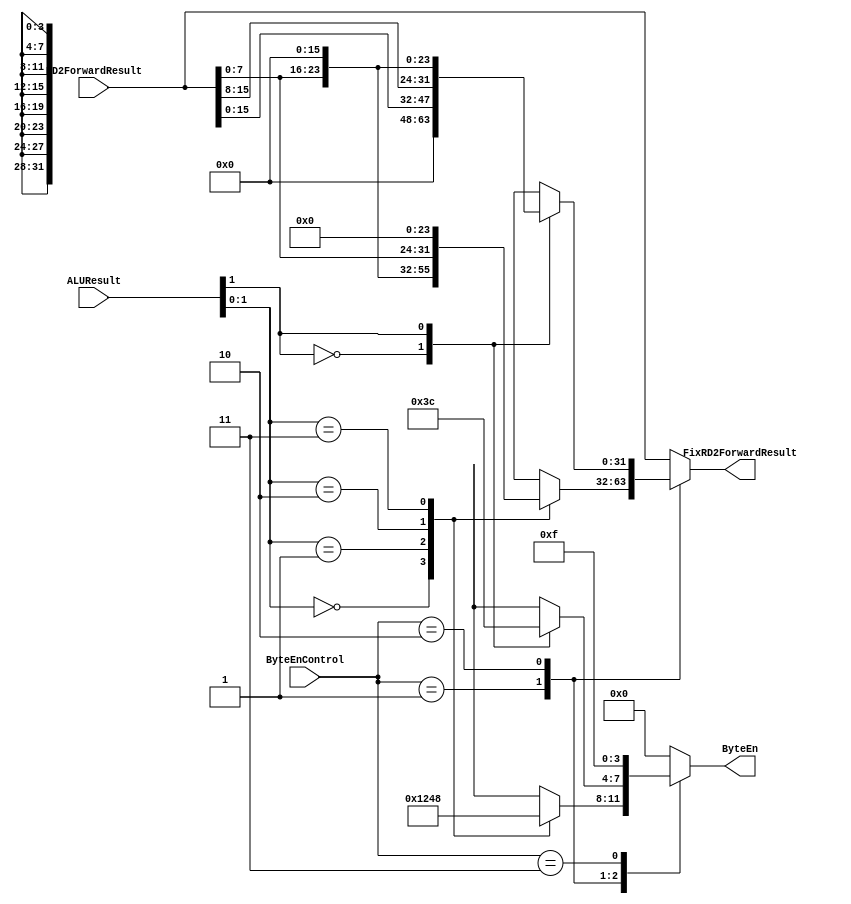
`timescale 1ns / 1ps
`default_nettype none 
module ByteEn (
    input wire [2:0] ByteEnControl,
    input wire [31:0] ALUResult,
    input wire [31:0] RD2ForwardResult,

    output wire [3:0] ByteEn,
    output wire [31:0] FixRD2ForwardResult
);
    reg [3:0] ByteEnReg;
    reg [31:0] FixRD2ForwardResultReg;
    assign ByteEn = ByteEnReg;
    assign FixRD2ForwardResult = FixRD2ForwardResultReg;

    always @(*) begin
        case (ByteEnControl)
            3'b001: begin
                case (ALUResult[1:0])
                    2'b00: begin
                        ByteEnReg = 4'b0001;
                        FixRD2ForwardResultReg = {8'd0, 8'd0, 8'd0, RD2ForwardResult[7:0]};
                    end 
                    2'b01: begin
                        ByteEnReg = 4'b0010;
                        FixRD2ForwardResultReg = {8'd0, 8'd0, RD2ForwardResult[7:0], 8'd0};
                    end
                    2'b10 : begin
                        ByteEnReg = 4'b0100;
                        FixRD2ForwardResultReg = {8'd0, RD2ForwardResult[7:0], 8'd0, 8'd0};
                    end
                    2'b11 : begin
                        ByteEnReg = 4'b1000;
                        FixRD2ForwardResultReg = {RD2ForwardResult[7:0], 8'd0, 8'd0, 8'd0};
                    end
                    default: begin
                        ByteEnReg = 4'b1111;
                    end
                endcase
            end 
            3'b010: begin
                case (ALUResult[1])
                    1'b0: begin
                        ByteEnReg = 4'b0011;
                        FixRD2ForwardResultReg = {16'd0, RD2ForwardResult[15:0]};
                    end 
                    1'b1: begin
                        ByteEnReg = 4'b1100;
                        FixRD2ForwardResultReg = {RD2ForwardResult[15:0], 16'd0};
                    end
                    default: begin
                        ByteEnReg = 4'b1111;
                    end
                endcase
            end
            3'b011: begin
                ByteEnReg = 4'b1111;
                FixRD2ForwardResultReg = RD2ForwardResult;
            end
            default: begin
                ByteEnReg = 4'b0000;
                FixRD2ForwardResultReg = RD2ForwardResult;
            end 
        endcase
    end
endmodule